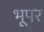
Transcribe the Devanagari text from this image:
भूपर